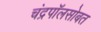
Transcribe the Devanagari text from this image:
चंद्रपॉलसोबत